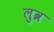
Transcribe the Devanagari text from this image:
लुव्र